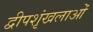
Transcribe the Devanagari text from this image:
द्वीपशृंखलाओं